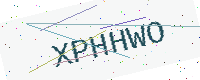
Text: XPHHWO